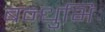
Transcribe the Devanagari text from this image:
बन्धुभिः